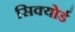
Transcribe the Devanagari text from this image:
सिक्योर्ड